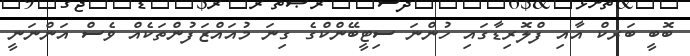
ބޮބީ ބަރކް އާއި ފްލޮރިޑާގައި ހުންނަ ސިޓީބޭންކްގެ ގިނަ މުއައްޒަފުންތަކެއް ވެސް އަންނަނީ